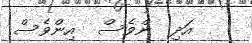
އަދި  ންވެސް  އިންވެސް